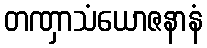
တဏှာသံယောဇနာနံ